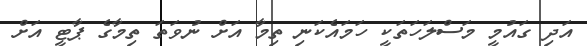
އަދި ގައުމީ މަސްލަހަތަކީ ހަމައެކަނި ތިމާ އަށް ނުވަތަ ތިމާގެ ޕާޓީ އަށް